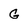
Character: G